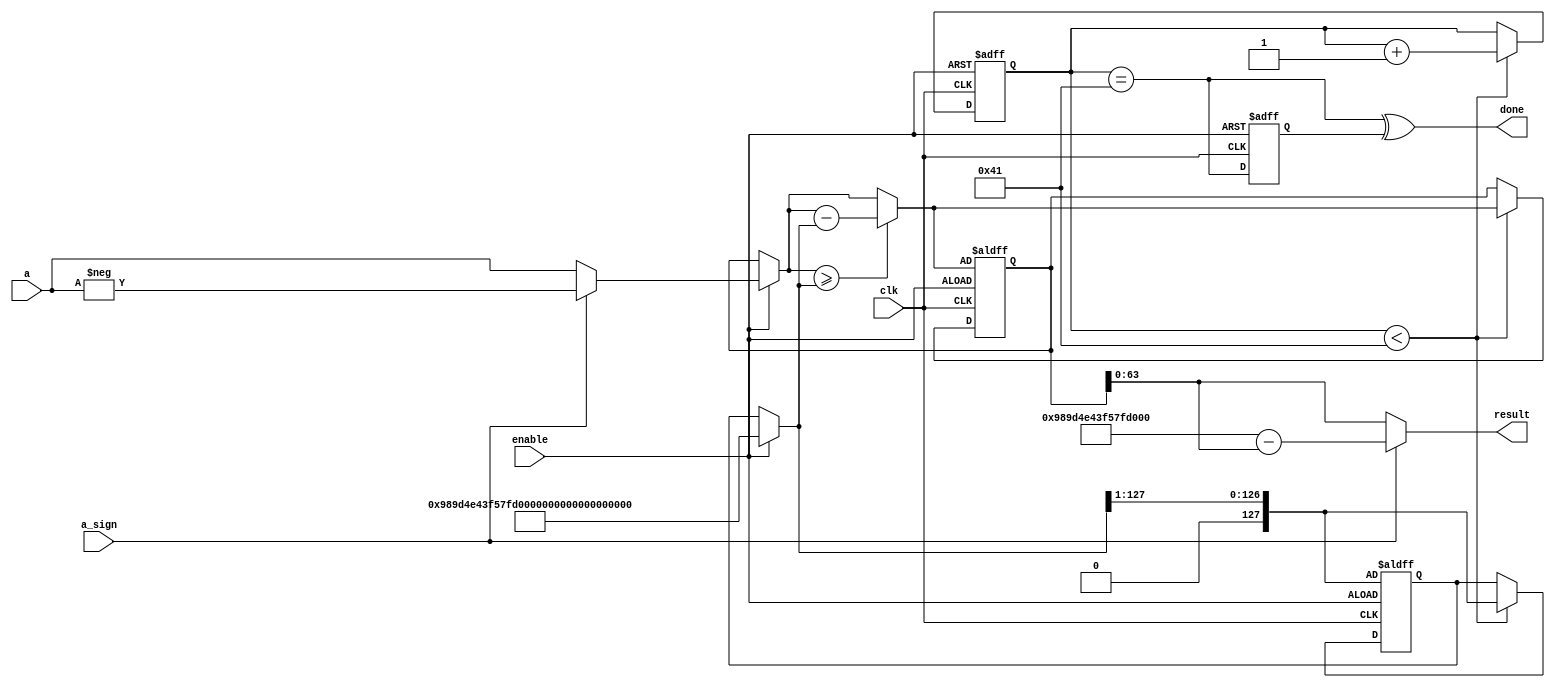

module MOD (clk, enable, a, a_sign, done, result);  //128%64 =64     // negative mod output is ? YES
    input clk;
    input enable;
    input [127:0] a;        //is a signed/unsign input 
    input a_sign;
    output done;
    output [63:0] result;

    wire [63:0] p; 
    //assign p = 64'd17;  
    assign p = 64'd10997031918897188677;    //domain


    wire [64:0] q;     
    wire [127:0] a_abs;
    assign a_abs = a_sign ? -a : a;

    parameter times = 65;
    parameter dandsize = 128;
    parameter diorsize = 64;
    parameter qsize = 65;
    parameter stage_num = 1;

    reg [7:0] cnt;
    reg [64:0] q_reg; 

    wire valid;
    reg valid_reg;
    assign valid = cnt == times;
    assign done = valid ^ valid_reg;

    // size = dand size
    wire [(dandsize-1):0] dand0, dior0; // stage0 wire
    /*
    wire [(dandsize-1):0] dand1, dior1; // stage1 wire
    wire [(dandsize-1):0] dand2, dior2; // stage2 wire
    wire [(dandsize-1):0] dand3, dior3; // stage3 wire
    wire [(dandsize-1):0] dand4, dior4; // stage4 wire
    */
    reg  [(dandsize-1):0] dand5, dior5; // feedback register

    wire q_stage_0 ;//, q_stage_1, q_stage_2,q_stage_3,q_stage_4;

    // stage0
    assign dand0 = enable ? a_abs : dand5;
    assign dior0 = enable ? { p, {(dandsize-diorsize){1'b0}} } : dior5 ;
    assign q_stage_0 = dand0 >= dior0;
    /*
    // stage1
    assign dand1 = dand0 >= dior0 ? dand0-dior0 : dand0;
    assign dior1 = { 1'b0, dior0[(dandsize-1):1] };
    assign q_stage_1 = dand1 >= dior1;
    // stage2
    assign dand2 = dand1 >= dior1 ? dand1-dior1 : dand1;
    assign dior2 = { 1'b0, dior1[(dandsize-1):1] };
    assign q_stage_2 = dand2 >= dior2;
    // stage3
    assign dand3 = dand2>= dior2 ? dand2-dior2 : dand2;
    assign dior3 = { 1'b0, dior2[(dandsize-1):1] };
    assign q_stage_3 = dand3 >= dior3;
    // stage4
    assign dand4 = dand3 >= dior3 ? dand3-dior3 : dand3;
    assign dior4 = { 1'b0, dior3[(dandsize-1):1] };
    assign q_stage_4 = dand4 >= dior4;
    */
    // stage5
    always @ (posedge clk or posedge enable) begin
    	if(enable) begin
    		dand5 <= dand0 >= dior0 ? dand0-dior0 : dand0;
    		dior5 <= { 1'b0, dior0[(dandsize-1):1] };
    		cnt <= 8'd1;		
    		q_reg <= { {(qsize-stage_num){1'b0}}, q_stage_0} ;
            valid_reg <= 1'b0;
    	end
    	else begin
            if(cnt < times) begin
                cnt <=  cnt + 8'd1;
                dand5 <= (dand0 >= dior0) ? (dand0-dior0) : dand0;
                dior5 <= { 1'b0, dior0[(dandsize-1):1] };
                q_reg <= { q_reg[(qsize-stage_num-1):0], q_stage_0 } ;
    	    end
            valid_reg <= valid;
        end
    	// else keep
    end

    assign q = (a_sign ) ? -q_reg : q_reg;
    assign result =  (a_sign) ? (p-dand5[63:0]) : dand5;

endmodule